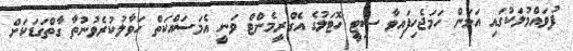
ފުވައްމުލަކުގައި އަޅަން ހަމަޖެހިފައިވާ ސިޓީ ހޮޓަލުގެ އެގްރީމެންޓް ވަނީ އެމަސައްކަތް ހަވާލުކުރެވުނުތާ ގާތްގަޑަކަށް